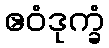
ဧဝံဒုက္ခံ